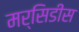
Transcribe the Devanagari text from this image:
मर्सिडीस